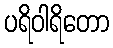
ပရိဝါရိတော